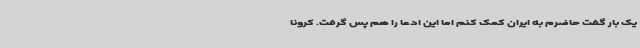
یک بار گفت حاضرم به ایران کمک کنم اما این ادعا را هم پس گرفت. کرونا